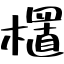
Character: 㯰